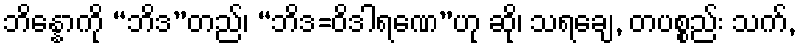
ဘိန္နောကို “ဘိဒ”တည်၊ “ဘိဒ=ဝိဒါရဏေ”ဟု ဆို၊ သရချေ, တပစ္စည်း သက်,